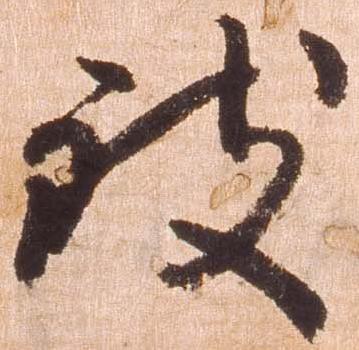
致